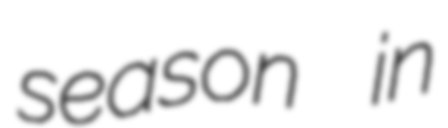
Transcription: season in